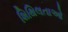
શિથિલતાઓ